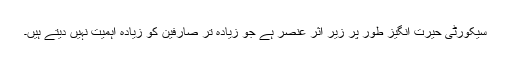
سیکورٹی حیرت انگیز طور پر زیر اثر عنصر ہے جو زیادہ تر صارفین کو زیادہ اہمیت نہیں دیتے ہیں۔